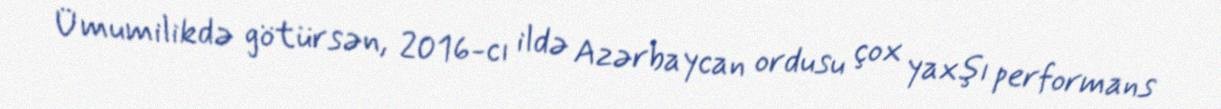
Ümumilikdə götürsən, 2016-cı ildə Azərbaycan ordusu çox yaxşı performans